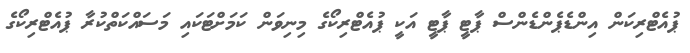
ޕުއެޓްރިކަން އިންޑެޕެންޑެންސް ޕާޓީ ޕާޓީ އަކީ ޕުއެޓްރިކޯގެ މިނިވަން ކަމަށްޓަކައި މަސައްކަތްކުރާ ޕުއެޓްރިކޯގެ